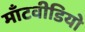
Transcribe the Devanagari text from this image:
माँटवीडियो